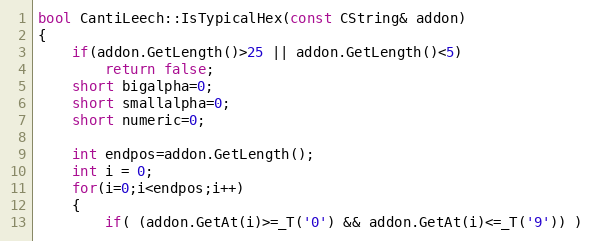
Language: C++
bool CantiLeech::IsTypicalHex(const CString& addon)
{
	if(addon.GetLength()>25 || addon.GetLength()<5)
		return false;
	short bigalpha=0;
	short smallalpha=0;
	short numeric=0;

	int endpos=addon.GetLength();
	int i = 0;
	for(i=0;i<endpos;i++)
	{
		if( (addon.GetAt(i)>=_T('0') && addon.GetAt(i)<=_T('9')) )